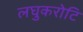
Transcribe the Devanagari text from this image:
लघुकरोटि